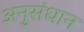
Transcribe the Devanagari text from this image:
अनुसंधान